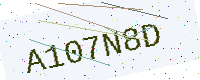
Text: A107N8D